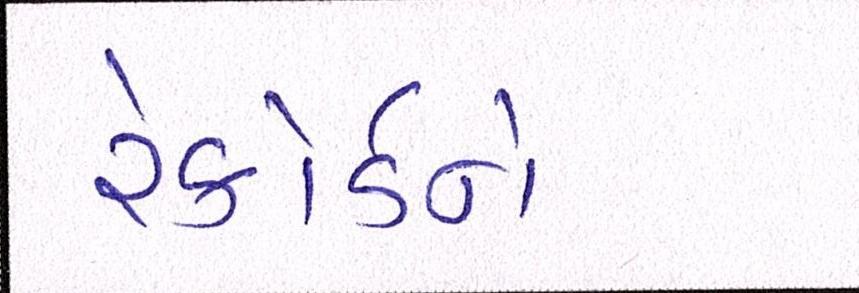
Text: રેકોર્ડને